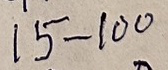
15 - 100